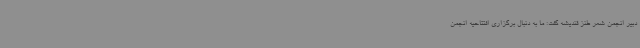
دبیر انجمن شعر طنز قندیشه گفت: ما به دنبال برگزاری افتتاحیه انجمن